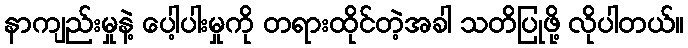
နာကျည်းမှုနဲ့ ပေါ့ပါးမှုကို တရားထိုင်တဲ့အခါ သတိပြုဖို့ လိုပါတယ်။